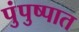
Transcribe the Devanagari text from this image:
पुंपुष्पात